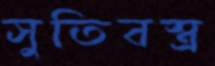
সুতিবস্ত্র